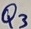
Text: Q3